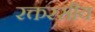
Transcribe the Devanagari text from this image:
रक्तरसीय